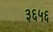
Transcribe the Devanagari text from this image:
३६५६